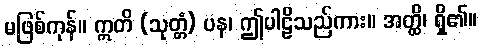
မဖြစ်ကုန်။ ဣတိ (သုတ္တံ) ပန၊ ဤပါဠိသည်ကား။ အတ္ထိ၊ ရှိ၏။